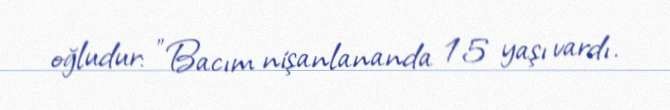
oğludur: "Bacım nişanlananda 15 yaşı vardı.